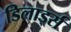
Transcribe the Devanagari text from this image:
डिलार्ड्स